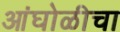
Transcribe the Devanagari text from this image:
आंघोळीचा